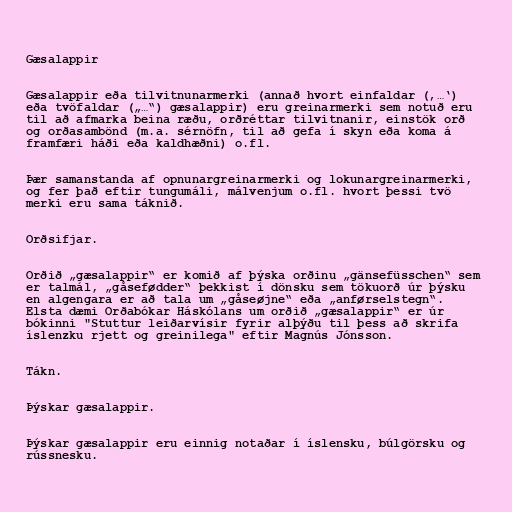
Gæsalappir

Gæsalappir eða tilvitnunarmerki (annað hvort einfaldar (‚…‘)
eða tvöfaldar („…“) gæsalappir) eru greinarmerki sem notuð eru
til að afmarka beina ræðu, orðréttar tilvitnanir, einstök orð
og orðasambönd (m.a. sérnöfn, til að gefa í skyn eða koma á
framfæri háði eða kaldhæðni) o.fl.

Þær samanstanda af opnunargreinarmerki og lokunargreinarmerki,
og fer það eftir tungumáli, málvenjum o.fl. hvort þessi tvö
merki eru sama táknið.

Orðsifjar.

Orðið „gæsalappir“ er komið af þýska orðinu „gänsefüsschen“ sem
er talmál, „gåsefødder“ þekkist í dönsku sem tökuorð úr þýsku
en algengara er að tala um „gåseøjne“ eða „anførselstegn“.
Elsta dæmi Orðabókar Háskólans um orðið „gæsalappir“ er úr
bókinni "Stuttur leiðarvísir fyrir alþýðu til þess að skrifa
íslenzku rjett og greinilega" eftir Magnús Jónsson.

Tákn.

Þýskar gæsalappir.

Þýskar gæsalappir eru einnig notaðar í íslensku, búlgörsku og
rússnesku.